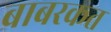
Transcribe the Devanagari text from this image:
बाबरकत